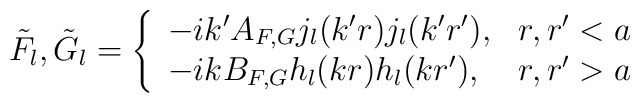
\tilde F_l, \tilde G_l=\left\{\begin{array}{ll}-ik'A_{F,G}j_l(k'r)j_l(k'r'),&r,r'<a\\-ikB_{F,G}h_l(kr)h_l(kr'),&r,r'>a\end{array}\right.